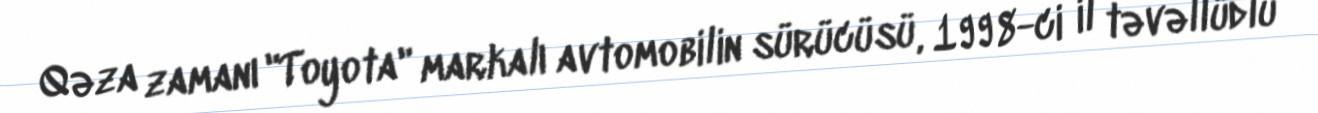
Qəza zamanı "Toyota" markalı avtomobilin sürücüsü, 1998-ci il təvəllüdlü